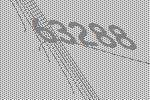
63288